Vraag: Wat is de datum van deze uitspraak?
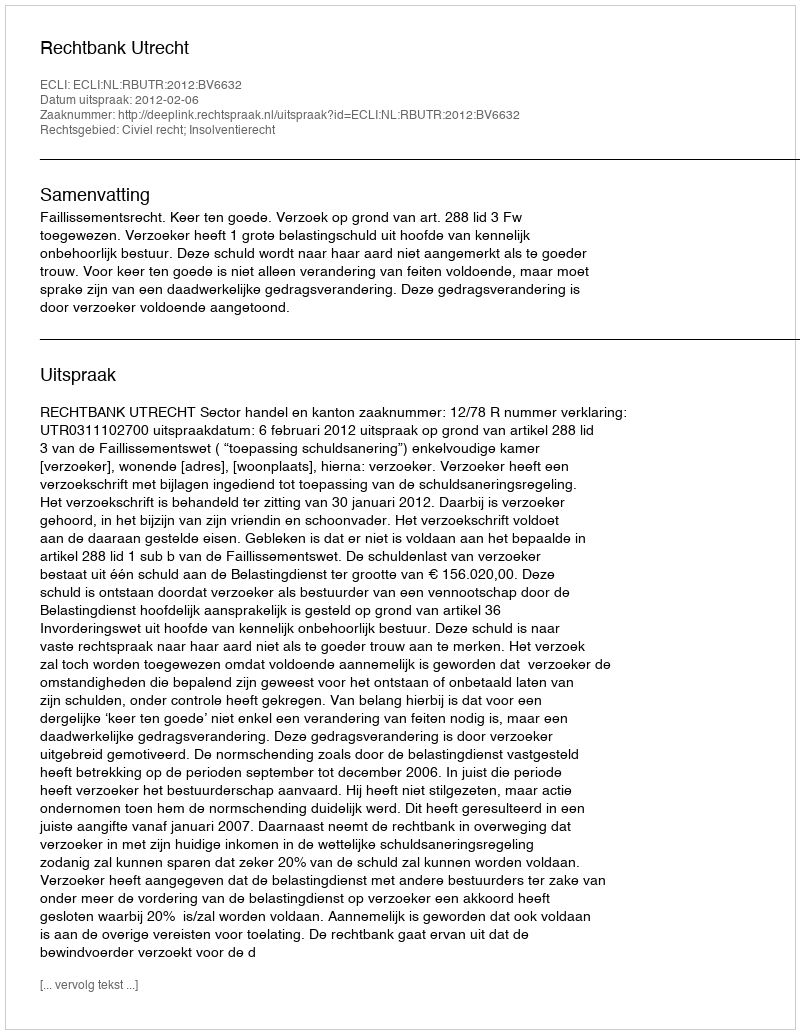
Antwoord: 2012-02-06